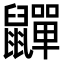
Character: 𮮯